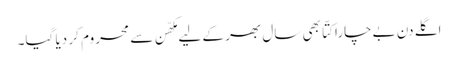
اگلے دن بےچارا کتّا بھی سال بھر کے لیے مکھّن سے محروم کر دیا گیا۔